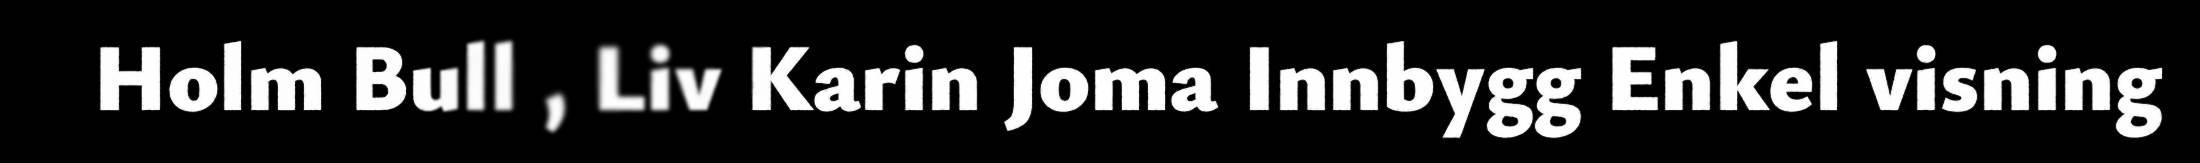
Holm Bull , Liv Karin Joma Innbygg Enkel visning